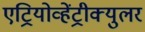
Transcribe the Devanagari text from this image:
एट्रियोव्हेंट्रीक्युलर